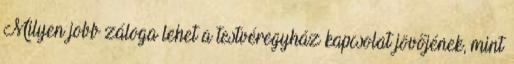
Milyen jobb záloga lehet a testvéregyház kapcsolat jövőjének, mint